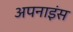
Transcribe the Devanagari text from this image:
अपनाइंस